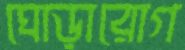
ঘোড়ারোগ